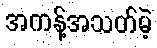
အကန့်အသတ်မဲ့